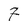
Character: 7